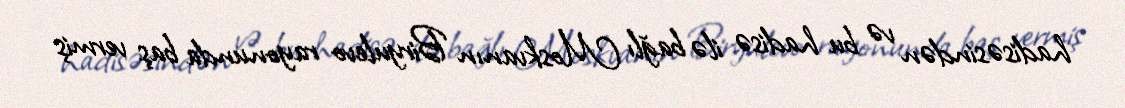
hadisəsindən və bu hadisə ilə bağlı Moskvanın Biryulevo rayonunda baş vermiş